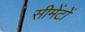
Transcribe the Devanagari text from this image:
सीमेंटों